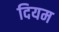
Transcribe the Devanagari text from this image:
दियम